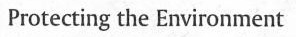
Protecting the Environment